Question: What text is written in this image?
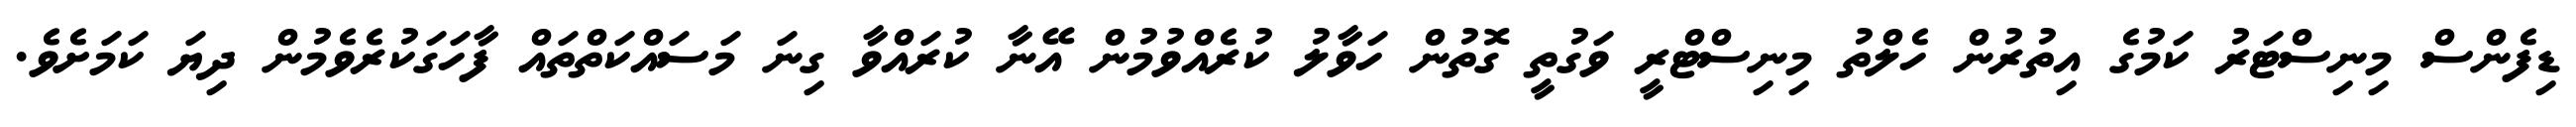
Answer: ޑިފެންސް މިނިސްޓަރު ކަމުގެ އިތުރުން ހެލްތު މިނިސްޓްރީ ވަގުތީ ގޮތުން ހަވާލު ކުރެއްވުމުން އޭނާ ކުރައްވާ ގިނަ މަސައްކަތްތައް ފާހަގަކުރެވެމުން ދިޔަ ކަމަށެވެ.